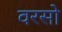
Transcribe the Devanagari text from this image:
वरसो